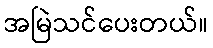
အမြဲသင်ပေးတယ်။